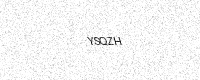
Text: YSQZH